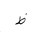
Letter: _za